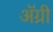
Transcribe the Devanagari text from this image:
ॲग्री